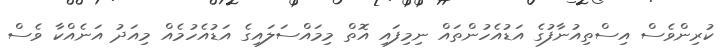
ކުރިންވެސް އިސްތިއުނާފުގެ އަޑުއެހުންތައް ނިމިފައި އޮތް މިމައްސަލައިގެ އަޑުއެހުމެއް މިއަދު އަނެއްކާ ވެސް